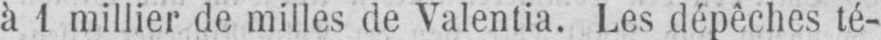
à 1 millier de milles de Valentia. Les dépêches té-